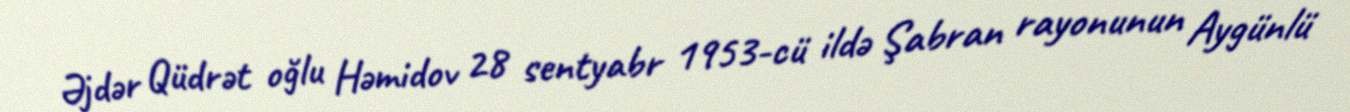
Əjdər Qüdrət oğlu Həmidov 28 sentyabr 1953-cü ildə Şabran rayonunun Aygünlü